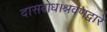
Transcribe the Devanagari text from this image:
दासबोध।श्रवणद्वारें